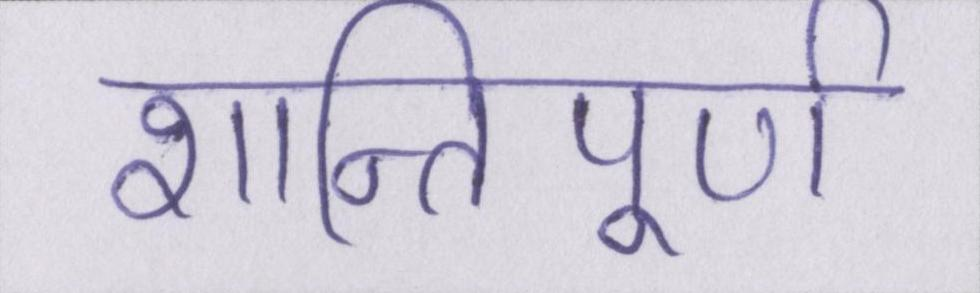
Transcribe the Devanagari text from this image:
शान्तिपूर्ण